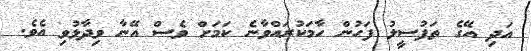
އަދި އޭގެ ތަފުސީލު ފަހުން ހާމަކުރައްވާނެ ކަމަށް ވެސް އޭނާ ވިދާޅުވި އެވެ.